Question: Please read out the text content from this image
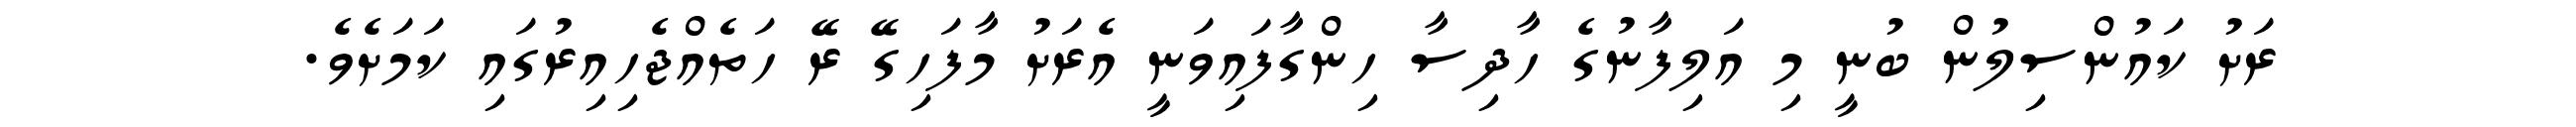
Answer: ރަށު ކައުންސިލުން ބުނީ މި އަލިފާނުގެ ހާދިސާ ހިންގާފައިވަނީ އެރަށު މާފަހިގޭ ރޭ ހަތެއްޖެހިއިރުގައި ކަމަށެވެ.